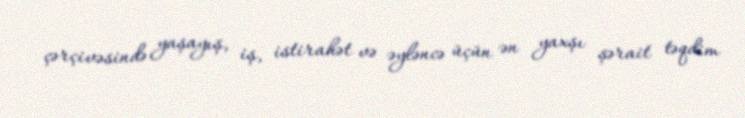
çərçivəsində yaşayış, iş, istirahət və əyləncə üçün ən yaxşı şərait təqdim